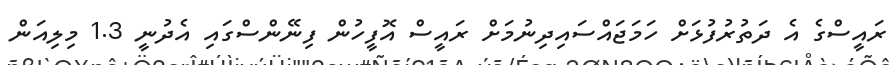
ރައީސްގެ އެ ދަތުރުފުޅަށް ހަމަޖައްސައިދިނުމަށް ރައީސް އޮފީހުން ފިނޭންސްގައި އެދުނީ 1.3 މިލިއަން